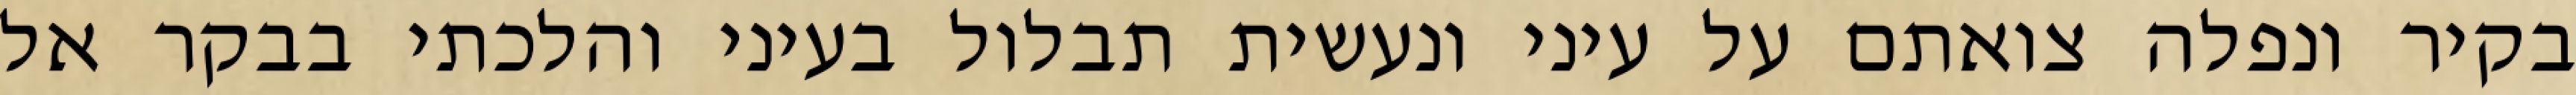
בקיר‏ ונפלה צואתם על עיני ונעשית תבלול בעיני והלכתי בבקר אל